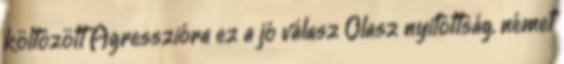
költözött Agresszióra ez a jó válasz Olasz nyitottság, német